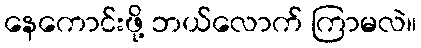
နေကောင်းဖို့ ဘယ်လောက် ကြာမလဲ။